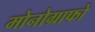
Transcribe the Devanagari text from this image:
मोनोग्राफो